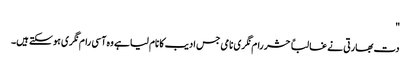
"
دت بھارتی نے غالباً حشر رام نگری نامی جس ادیب کا نام لیا ہے وہ آسی رام نگری ہو سکتے ہیں۔